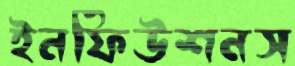
ইনফিউশনস